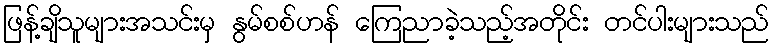
ဖြန့်ချိသူများအသင်းမှ နွမ်စစ်ဟန် ကြေညာခဲ့သည့်အတိုင်း တင်ပါးများသည်